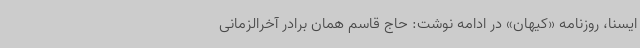
ایسنا، روزنامه «کیهان» در ادامه نوشت: حاج قاسم همان برادر آخرالزمانی